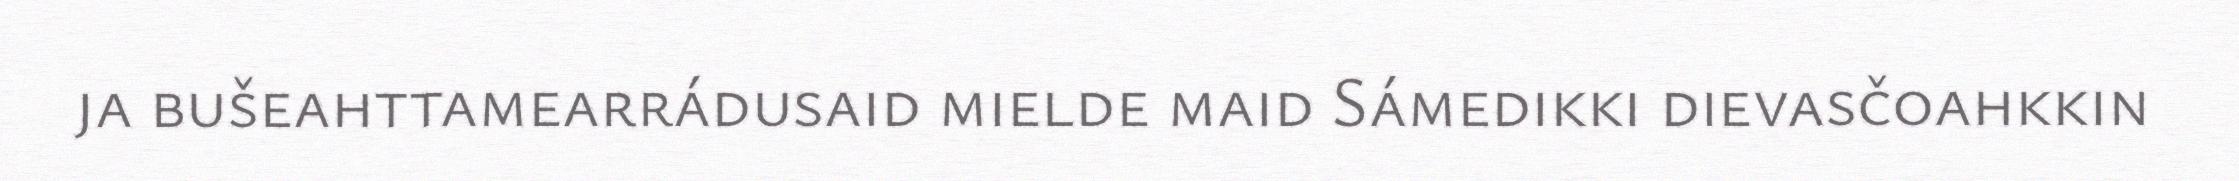
ja bušeahttamearrádusaid mielde maid Sámedikki dievasčoahkkin